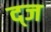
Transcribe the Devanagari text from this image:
द्ज